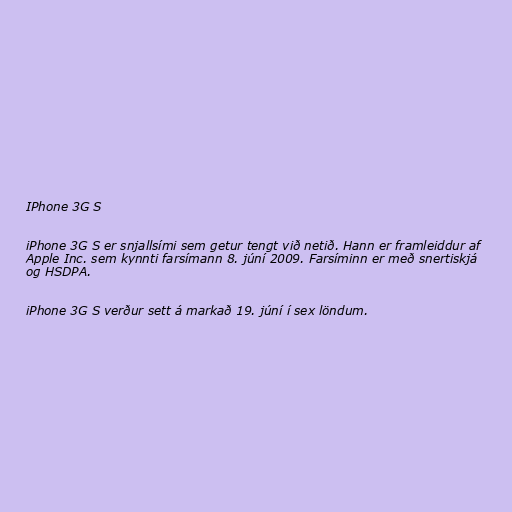
IPhone 3G S

iPhone 3G S er snjallsími sem getur tengt við netið. Hann er framleiddur af
Apple Inc. sem kynnti farsímann 8. júní 2009. Farsíminn er með snertiskjá
og HSDPA.

iPhone 3G S verður sett á markað 19. júní í sex löndum.